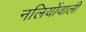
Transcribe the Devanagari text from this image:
नलियोंवाली